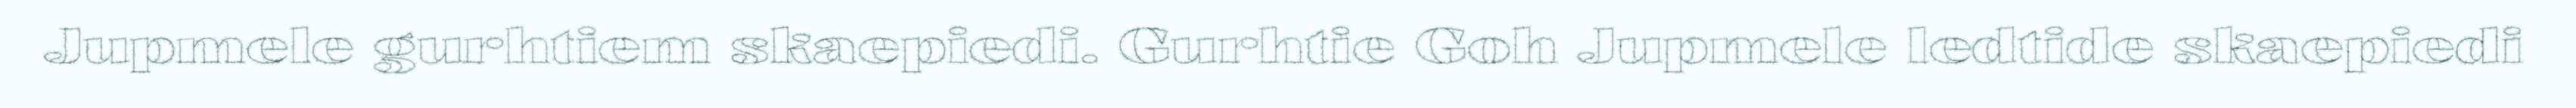
Jupmele gurhtiem skaepiedi. Gurhtie Goh Jupmele ledtide skaepiedi